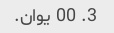
3. 00 یوان.